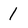
Character: 1